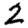
Digit: 2